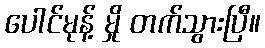
ပေါင်မုန့် မှို တက်သွားပြီ။